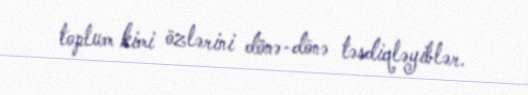
toplum kimi özlərini dönə-dönə təsdiqləyiblər.